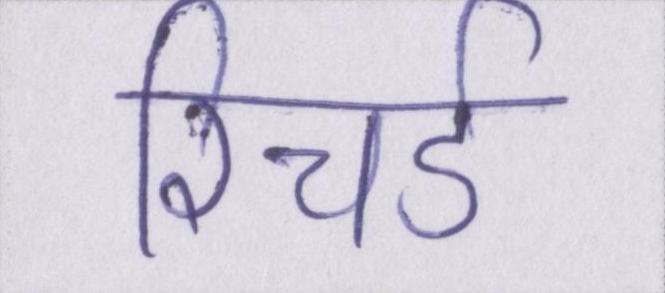
रिचर्ड